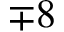
\mp 8